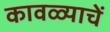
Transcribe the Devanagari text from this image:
कावळ्याचें